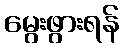
မွေးဖွားရန်